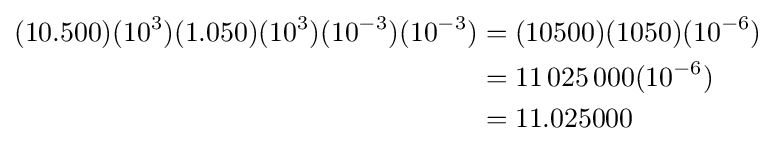
{\begin{aligned}(10.500)(10^{3})(1.050)(10^{3})(10^{-3})(10^{-3})&=(10500)(1050)(10^{-6})\\&=11\,025\,000(10^{-6})\\&=11.025000\end{aligned}}